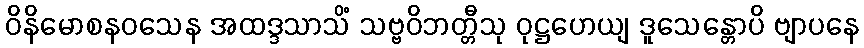
ဝိနိမောစနဝသေန အထဒ္ဒသာသိံ သဗ္ဗဝိဘတ္တီသု ဝုဋ္ဌဟေယျ ဒူသေန္တောပိ ဗျာပနေ